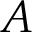
A